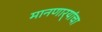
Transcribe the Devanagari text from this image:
मानणार्‍यांचा